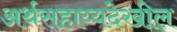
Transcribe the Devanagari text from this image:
अर्थसहाय्यदेखील